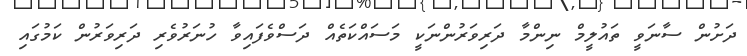
ދަށުން ސާނަވީ ތައުލީމް ނިންމާ ދަރިވަރުންނަކީ މަސައްކަތެއް ދަސްވެފައިވާ ހުނަރުވެރި ދަރިވަރުން ކަމުގައި